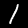
Label: 1